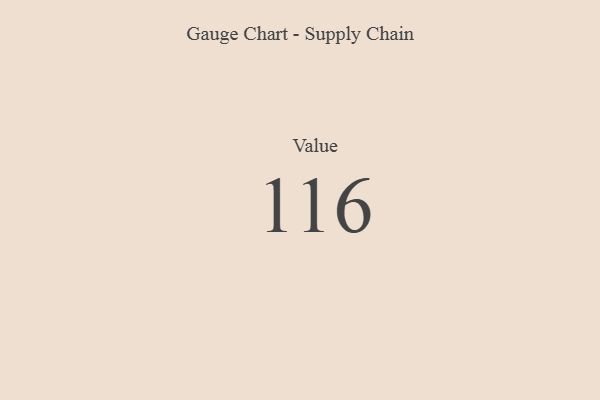
{"axis": {"x": "Metric", "y": "Value"}, "legend": [""], "data": [{"x": "Value", "y": 116, "type": ""}]}